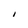
Character: I